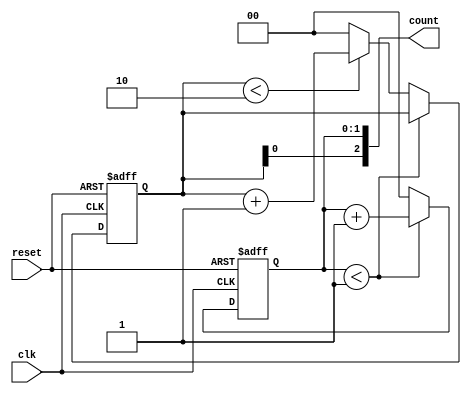
module mixed_radix_counter (
    input wire clk,                // Clock input
    input wire reset,              // Asynchronous reset
    output reg [2:0] count         // Counter output (3 digits)
);

// Define radix for each digit
parameter RADIX_0 = 2; // Base 2
parameter RADIX_1 = 3; // Base 3
parameter RADIX_2 = 4; // Base 4

// Counter registers for each digit
reg [1:0] digit0; // 2 bits for radix 2
reg [1:0] digit1; // 2 bits for radix 3
reg [1:0] digit2; // 2 bits for radix 4

// Initial states
initial begin
    digit0 = 0;
    digit1 = 0;
    digit2 = 0;
end

always @(posedge clk or posedge reset) begin
    if (reset) begin
        // Asynchronous reset
        digit0 <= 0;
        digit1 <= 0;
        digit2 <= 0;
    end else begin
        // Increment the least significant digit (digit0)
        if (digit0 < (RADIX_0 - 1)) begin
            digit0 <= digit0 + 1;
        end else begin
            digit0 <= 0;
            // Increment digit1
            if (digit1 < (RADIX_1 - 1)) begin
                digit1 <= digit1 + 1;
            end else begin
                digit1 <= 0;
                // Increment digit2
                if (digit2 < (RADIX_2 - 1)) begin
                    digit2 <= digit2 + 1;
                end else begin
                    digit2 <= 0; // Reset digit2 as well
                end
            end
        end
    end
end

// Output concatenation
assign count = {digit2, digit1, digit0};

endmodule